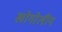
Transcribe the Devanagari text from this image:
खोगोलीय